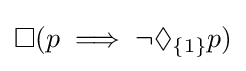
\Box (p\implies \neg \Diamond _{\{1\}}p)